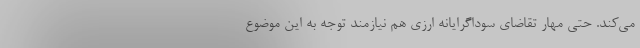
می‌کند. حتی مهار تقاضای سوداگرایانه ارزی هم نیازمند توجه به این موضوع